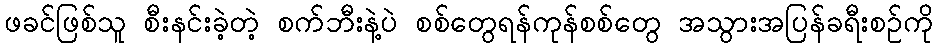
ဖခင်ဖြစ်သူ စီးနင်းခဲ့တဲ့ စက်ဘီးနဲ့ပဲ စစ်တွေရန်ကုန်စစ်တွေ အသွားအပြန်ခရီးစဉ်ကို